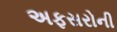
અફસરોની